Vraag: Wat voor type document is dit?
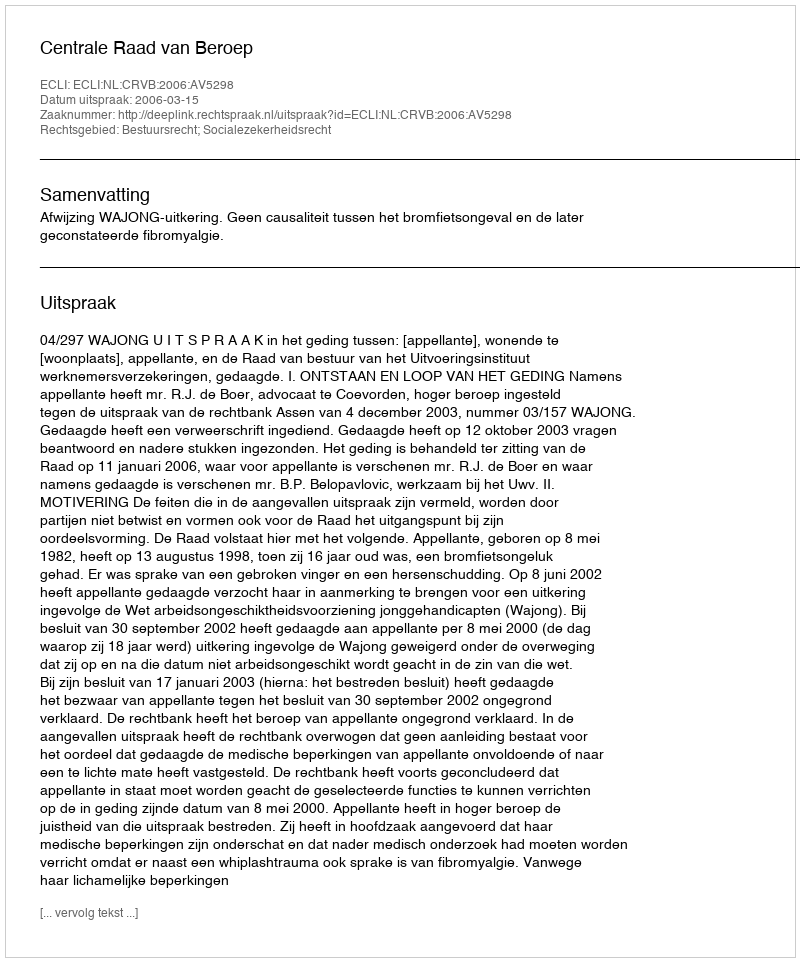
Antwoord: Uitspraak